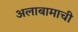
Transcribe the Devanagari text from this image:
अलाबामाची